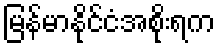
မြန်မာနိုင်ငံအစိုးရက